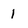
Character: 1